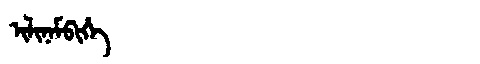
Manchu: ᡳᠯᡳᠨᠠᠮᠪᡳᡥᡝ
Romanization: ILINAMBIHE